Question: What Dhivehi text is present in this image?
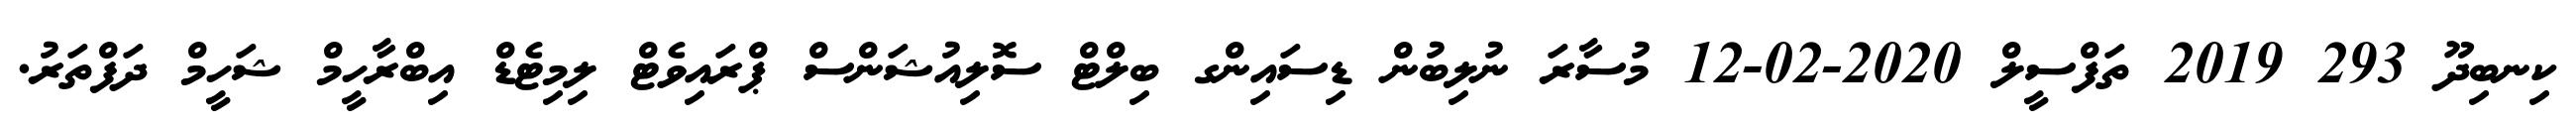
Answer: ކިނބިދޫ 293 2019 ތަފްސީލް 2020-02-12 މުސާރަ ނުލިބުން ޑިސައިންގ ބިލްޓް ސޮލިއުޝަންސް ޕްރައިވެޓް ލިމިޓެޑް އިބްރާހީމް ޝަހީމް ދަފްތަރު.